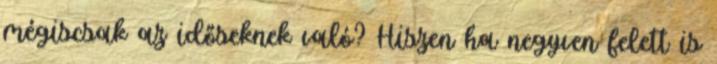
mégiscsak az időseknek való? Hiszen ha negyven felett is